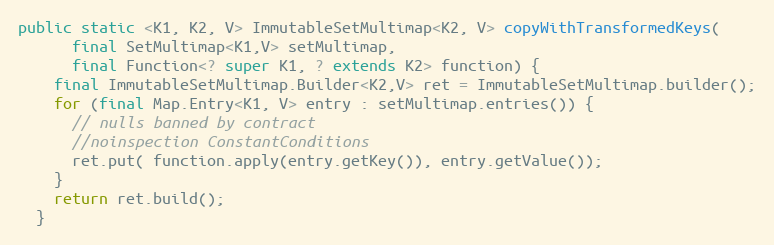
Language: Java
public static <K1, K2, V> ImmutableSetMultimap<K2, V> copyWithTransformedKeys(
      final SetMultimap<K1,V> setMultimap,
      final Function<? super K1, ? extends K2> function) {
    final ImmutableSetMultimap.Builder<K2,V> ret = ImmutableSetMultimap.builder();
    for (final Map.Entry<K1, V> entry : setMultimap.entries()) {
      // nulls banned by contract
      //noinspection ConstantConditions
      ret.put( function.apply(entry.getKey()), entry.getValue());
    }
    return ret.build();
  }